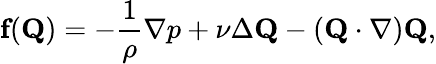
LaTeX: {\textbf{f}(\textbf{Q})}=-\frac{1}{\rho}\nabla p+\nu\Delta\textbf{Q}-(\textbf{Q}\cdot\nabla)\textbf{Q},